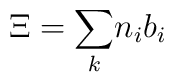
\Xi={\sum_k}n_i {b}_i